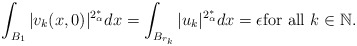
\begin{align*}\int_{B_1} |v_k(x,0)|^{2^*_\alpha} dx= \int_{B_{r_k}} |u_k|^{2^*_\alpha} dx =\epsilon \hbox{for all $k \in \mathbb{N}.$} \end{align*}